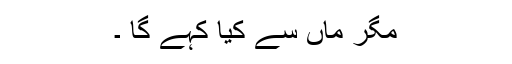
مگر ماں سے کیا کہے گا ۔